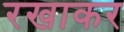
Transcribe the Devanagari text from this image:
रखाकर